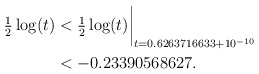
\begin{align*}\tfrac12\log(t) & < \tfrac12\log(t)\biggr\rvert_{t=0.6263716633 + 10^{-10}} \\& < -0.23390568627 . \end{align*}